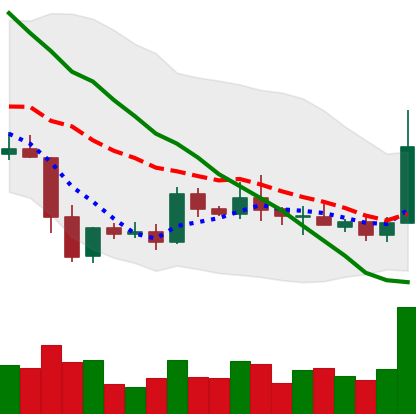
Ticker: XRP-USD
Chart end date: 2019-05-11
Forward return: 29.323%
Label: up_7plus